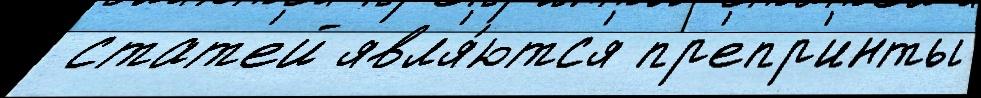
 стат'ей явл'я́ютс'я пр'епр'инты